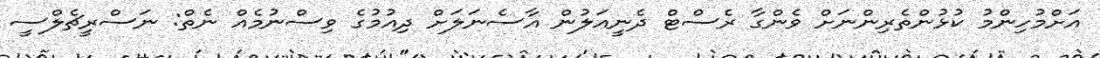
އަށްމުހިންމު ކުޅުންތެރިންނަށް ވެންގާ ރެސްޓް ދެނީއަލުން އާސެނަލަށް ދިއުމުގެ ވިސްނުމެއް ނެތް: ނަސްރީޗެލްސީ